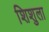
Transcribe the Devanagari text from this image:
शिशुला